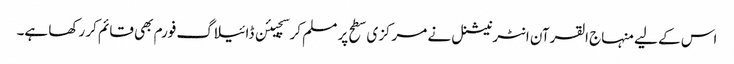
اس کے لیے منہاج القرآن انٹرنیشنل نے مرکزی سطح پر مسلم کرسچیئن ڈائیلاگ فورم بھی قائم کر رکھا ہے۔